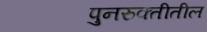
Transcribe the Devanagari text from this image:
पुनरुक्तीतील